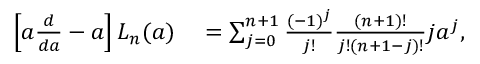
\begin{array} { r l } { \left[ a \frac { d } { d a } - a \right] L _ { n } ( a ) } & { { } = \sum _ { j = 0 } ^ { n + 1 } \frac { ( - 1 ) ^ { j } } { j ! } \frac { ( n + 1 ) ! } { j ! ( n + 1 - j ) ! } j a ^ { j } , } \end{array}